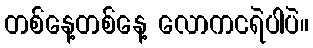
တစ်နေ့တစ်နေ့ လောကငရဲပါပဲ။